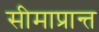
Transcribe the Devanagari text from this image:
सीमाप्रान्त